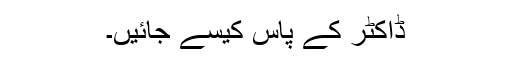
ڈاکٹر کے پاس کیسے جائیں۔